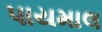
પાયમાલ